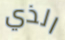
الذي